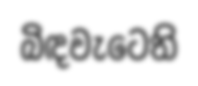
බිඳවැටෙති